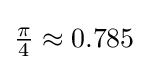
{\textstyle {\frac {\pi }{4}}\approx 0.785}